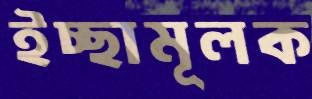
ইচ্ছামূলক